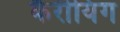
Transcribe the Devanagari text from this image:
कैरीयिंग